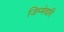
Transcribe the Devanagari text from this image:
जिम्‍मेवारी